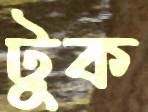
টুক